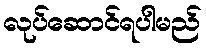
လုပ်ဆောင်ရပါမည်